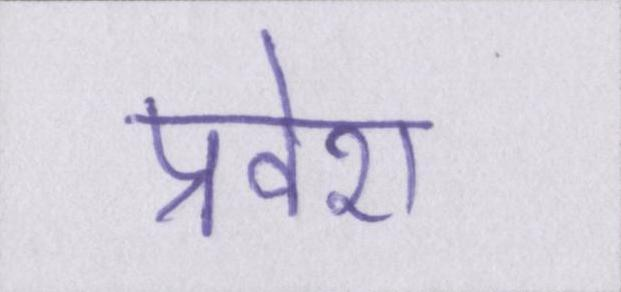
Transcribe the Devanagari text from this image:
प्रवेश